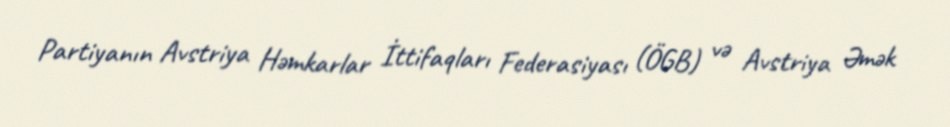
Partiyanın Avstriya Həmkarlar İttifaqları Federasiyası (ÖGB) və Avstriya Əmək